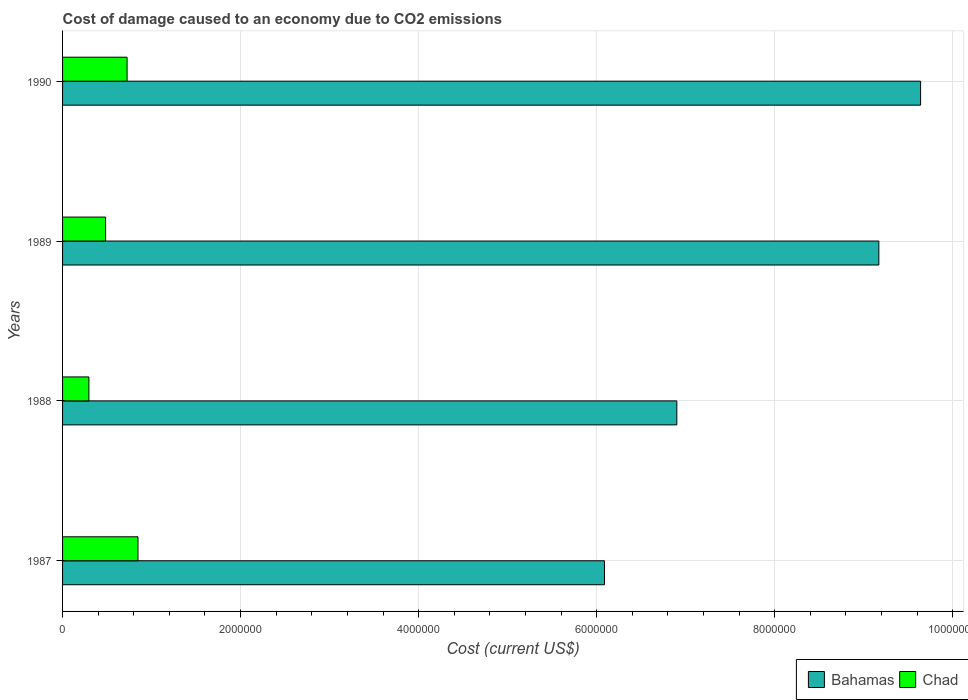
| Years | Bahamas | Chad |
 | --- | --- | --- |
 | 1987 | 6.09e+06 | 8.47e+05 |
 | 1988 | 6.9e+06 | 2.96e+05 |
 | 1989 | 9.17e+06 | 4.84e+05 |
 | 1990 | 9.64e+06 | 7.25e+05 |